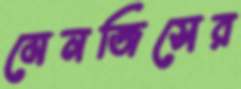
মেনজিসের